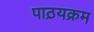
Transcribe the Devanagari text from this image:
पाठ़यक्रम